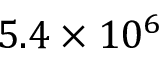
5 . 4 \times 1 0 ^ { 6 }